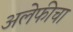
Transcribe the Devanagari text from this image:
अलेफीचा